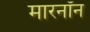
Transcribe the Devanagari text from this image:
मारनॉन